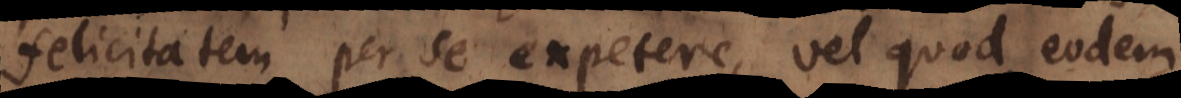
felicitatem per se expetere, vel quod eodem